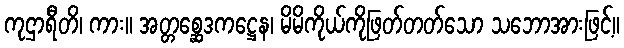
ကုဌာရီတိ၊ ကား။ အတ္တစ္ဆေဒကဋ္ဌေန၊ မိမိကိုယ်ကိုဖြတ်တတ်သော သဘောအားဖြင့်။